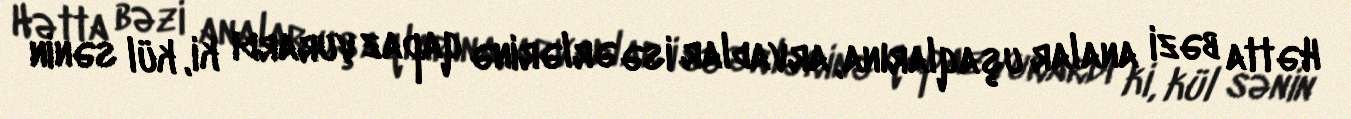
Hətta bəzi analar uşaqlarına, arvadlar isə ərlərinə qapaz vurardı ki, kül sənin